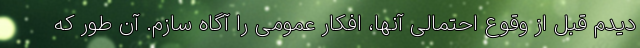
دیدم قبل از وقوع احتمالی آنها، افکار عمومی را آگاه سازم. آن طور که